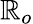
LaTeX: \mathbb{R}_{o}